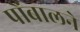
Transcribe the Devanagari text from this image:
पोंबालने